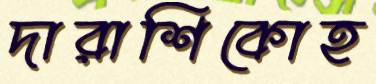
দারাশিকোহ